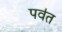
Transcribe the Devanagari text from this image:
पव॑त